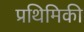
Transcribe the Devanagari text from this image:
प्रथिमिकी